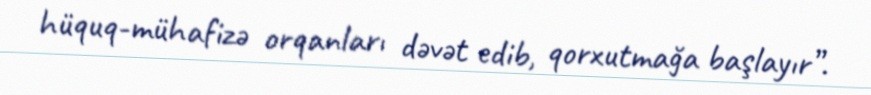
hüquq-mühafizə orqanları dəvət edib, qorxutmağa başlayır”.